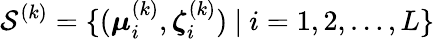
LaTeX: {\mathcal S}^{(k)}=\{ (\boldsymbol{\mu}_{i}^{(k)},\boldsymbol{\zeta}_{i}^{(k)})~|~i=1,2,\ldots,L\}